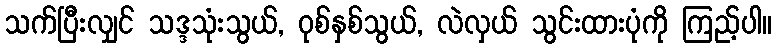
သက်ပြီးလျှင် သဒ္ဒသုံးသွယ်, ဝုစ်နှစ်သွယ်, လဲလှယ် သွင်းထားပုံကို ကြည့်ပါ။